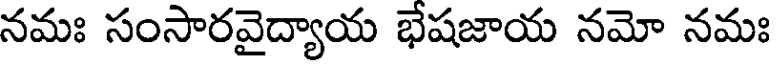
నమః సంసారవైద్యాయ భేషజాయ నమో నమః